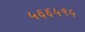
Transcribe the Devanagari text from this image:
५६६५९५